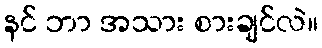
နင် ဘာ အသား စားချင်လဲ။